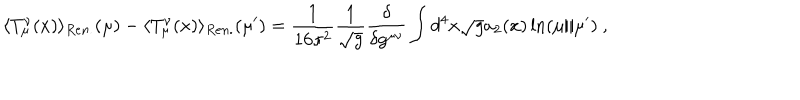
LaTeX: \langle T _ { \mu } ^ { \nu } ( x ) \rangle _ { R e n . } ( \mu ) - \langle T _ { \mu } ^ { \nu } ( x ) \rangle _ { R e n . } ( \mu ^ { \prime } ) = \frac 1 { 1 6 \pi ^ { 2 } } \frac 1 { \sqrt { g } } \frac { \delta } { \delta g ^ { \mu \nu } } \int d ^ { 4 } x \sqrt { g } a _ { 2 } ( x ) \ln ( \mu / \mu ^ { \prime } ) \ ,